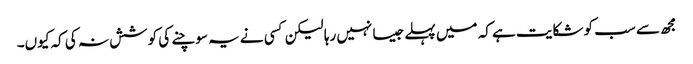
مجھ سے سب کو شکایت ہے کہ میں پہلے جیسا نہیں رہا لیکن کسی نے یہ سوچنے کی کوشش نہ کی کہ کیوں۔